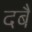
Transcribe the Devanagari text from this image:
दबैं